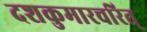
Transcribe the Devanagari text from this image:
दशकुमारचरित्‌